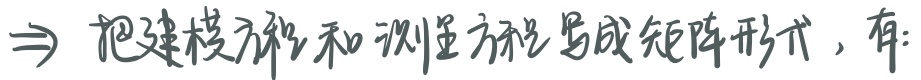
$\Rightarrow$ 把建模方程和测量方程写成矩阵形式，有: